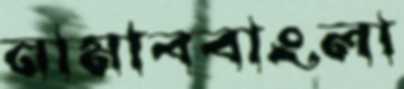
নামাববাংলা